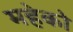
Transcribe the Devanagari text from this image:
महेको